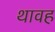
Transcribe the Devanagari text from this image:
थावह